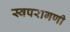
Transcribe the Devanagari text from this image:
स्वपरागणी